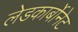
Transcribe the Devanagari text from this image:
लेडकार्बोनेट